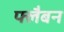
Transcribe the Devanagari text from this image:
फ्लैबन